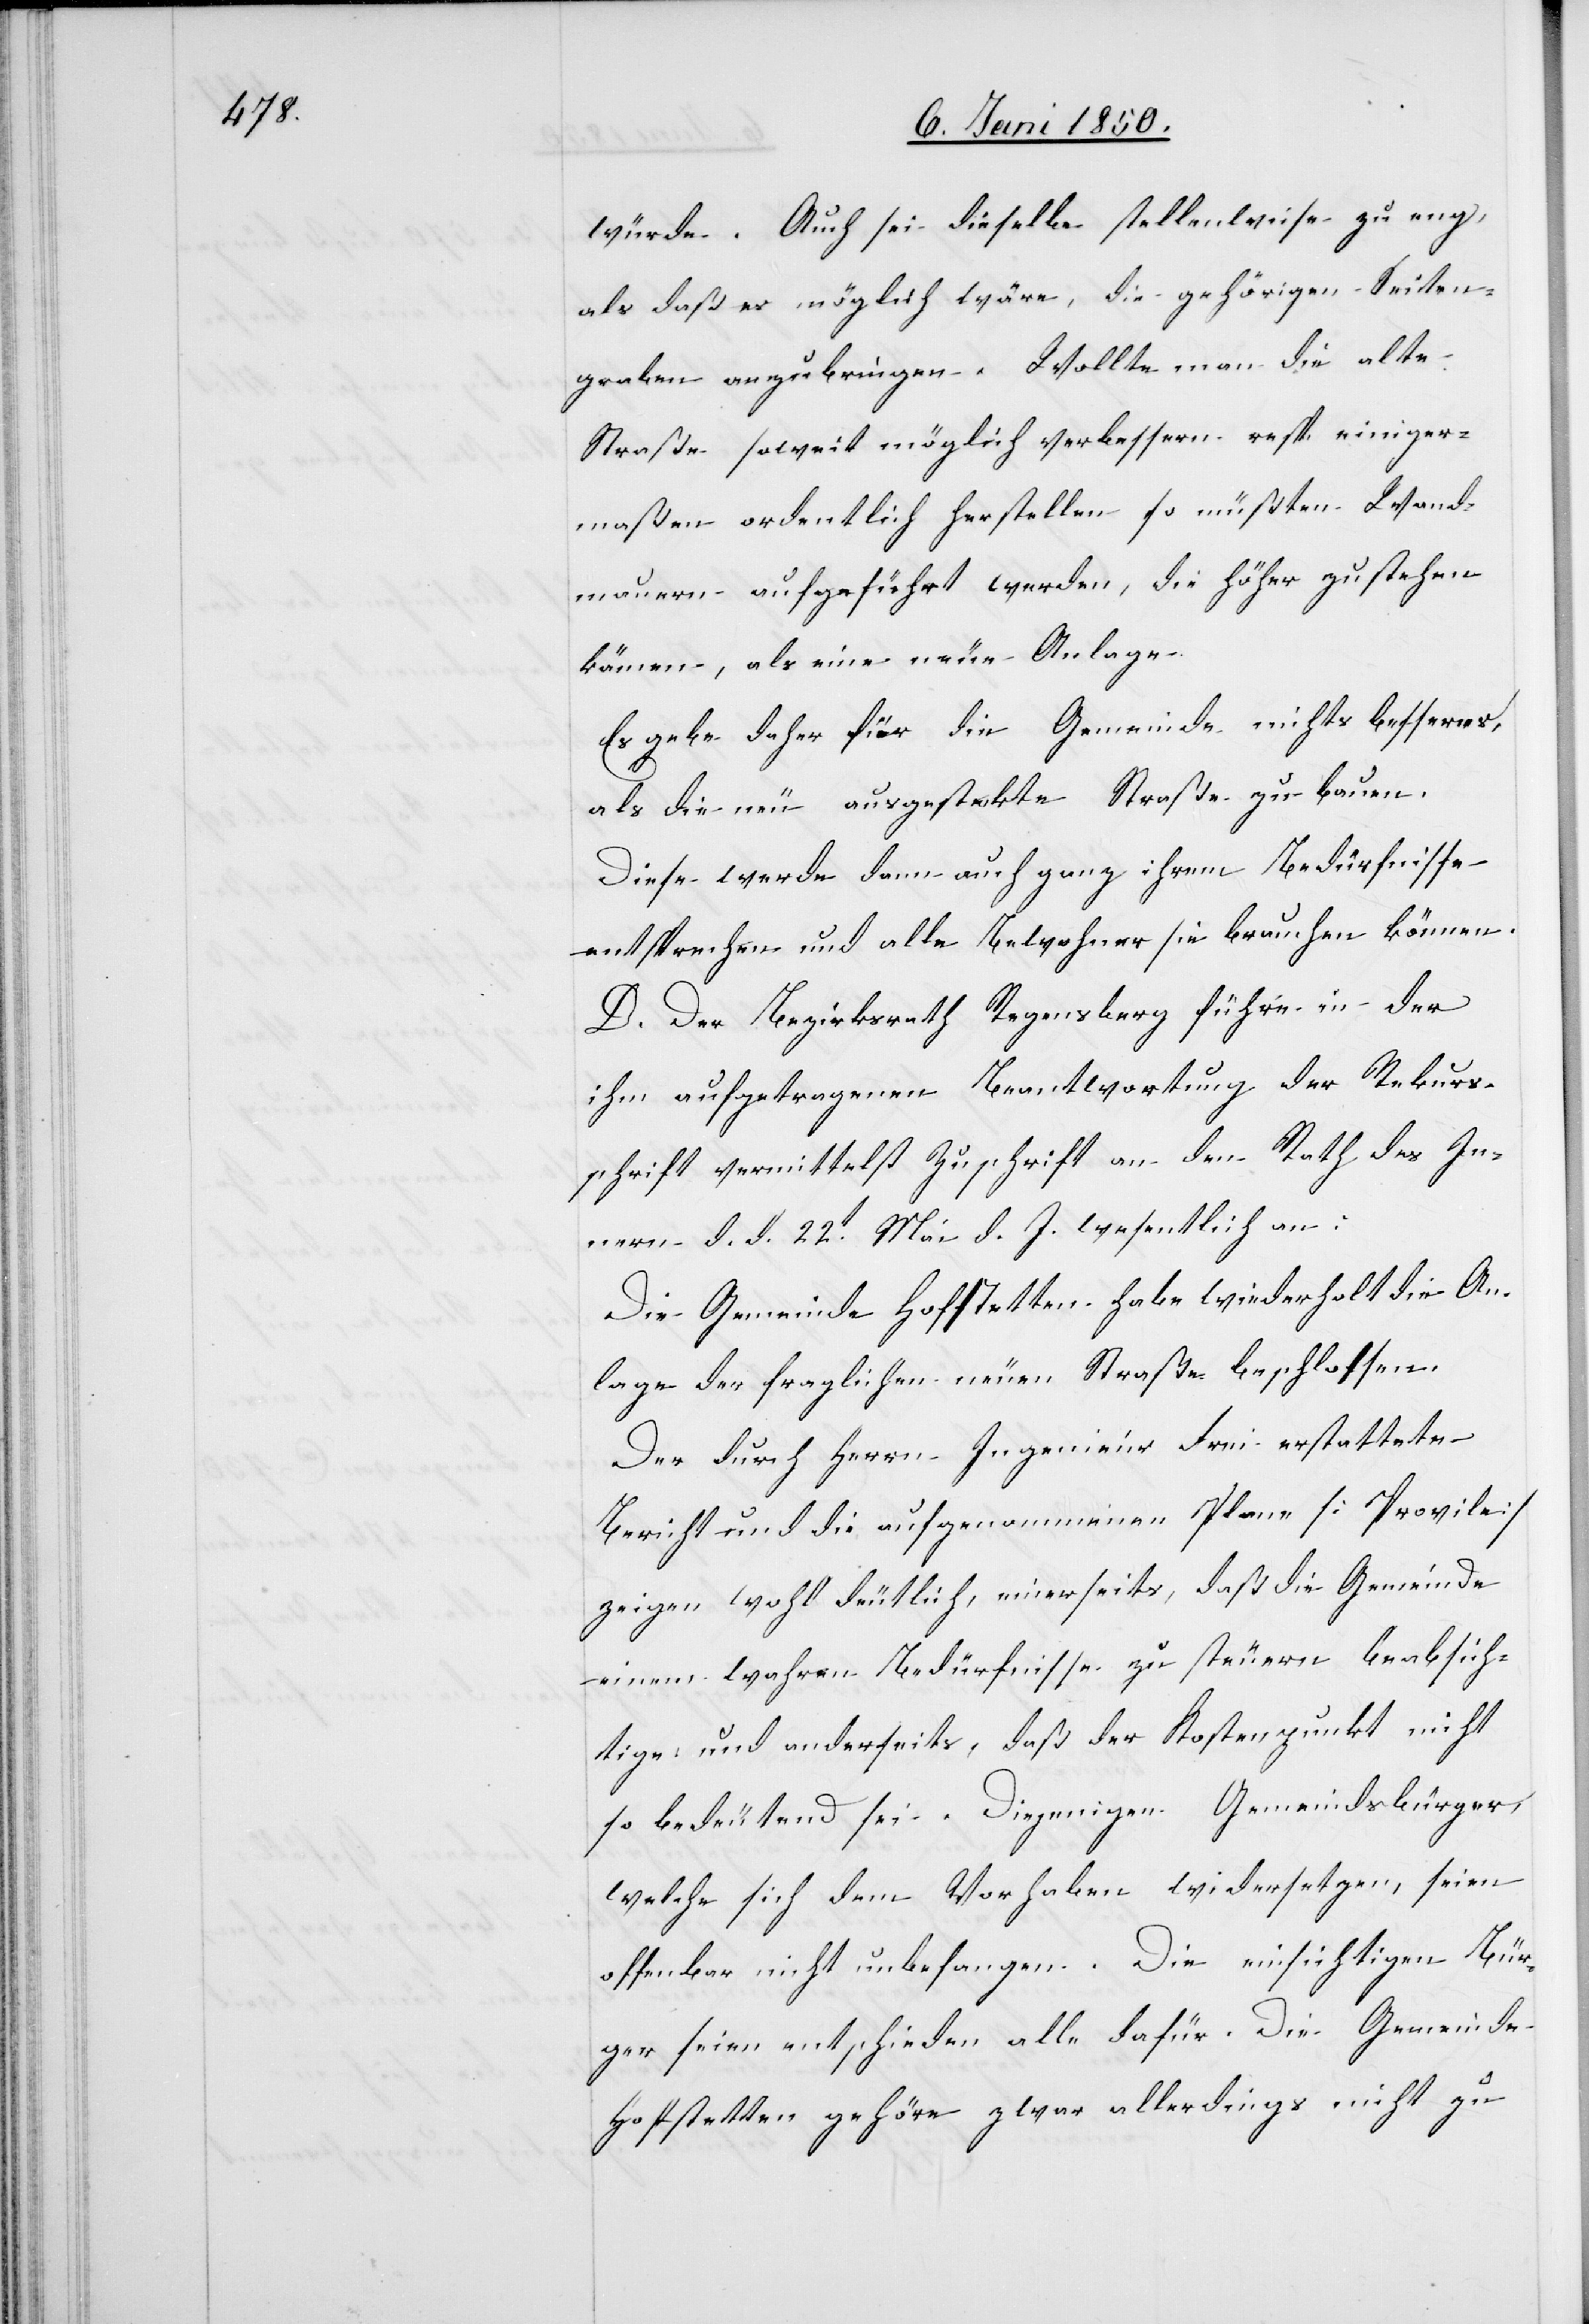
würde. Auch sei dieselbe stellenweise zu eng,
als daß es möglich wäre, die gehörigen Seiten¬
graben anzubringen. Wollte man die alte
Straße soweit möglich verbessern resp. einiger¬
maßen ordentlich herstellen so müßten Wand¬
mauern aufgeführt werden, die höher zu stehen
kämen, als eine neue Anlage.
Es gebe daher für die Gemeinde nichts besseres,
als die neu ausgesteckte Straße zu bauen.
Diese werde dann auch ganz ihrem Bedürfnisse
entsprechen und alle Bewohner sie brauchen können.
D. Der Bezirksrath Regensberg führe in der
ihm aufgetragenen Beantwortung der Rekurs¬
schrift vermittelst Zuschrift an den Rath des In¬
nern d. d. 22t Mai d. J. wesentlich an:
Die Gemeinde Hofstetten habe wiederholt die An¬
lage der fraglichen neuen Straße beschlossen.
Der durch Herrn Ingenieur Frei erstattete
Bericht und die aufgenommenen Plane [Provile]
zeigen wohl deutlich, einerseits, daß die Gemeinde
einem wahren Bedürfnisse zu steuern beabsich¬
tige und anderseits, daß der Kostenpunkt nicht
so bedeutend sei. Diejenigen Gemeindsbürger,
welche sich dem Vorhaben widersetzen, seien
offenbar nicht unbefangen. Die einsichtigen Bür¬
ger seien entschieden alle dafür. Die Gemeinde
Hofstetten gehöre zwar allerdings nicht zu